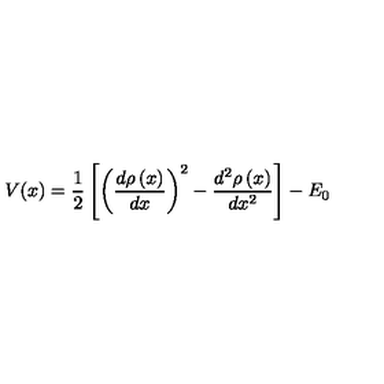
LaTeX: V ( x ) = \frac 1 2 \left[ \left( \frac { d \rho \left( x \right) } { d x } \right) ^ { 2 } - \frac { d ^ { 2 } \rho \left( x \right) } { d x ^ { 2 } } \right] - E _ { 0 }